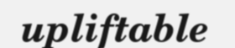
upliftable